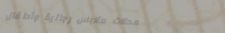
محلات ملابس رجالية وأطفال